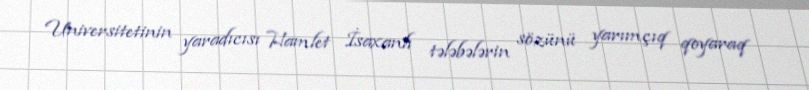
Universitetinin yaradıcısı Hamlet İsaxanlı tələbələrin sözünü yarımçıq qoyaraq